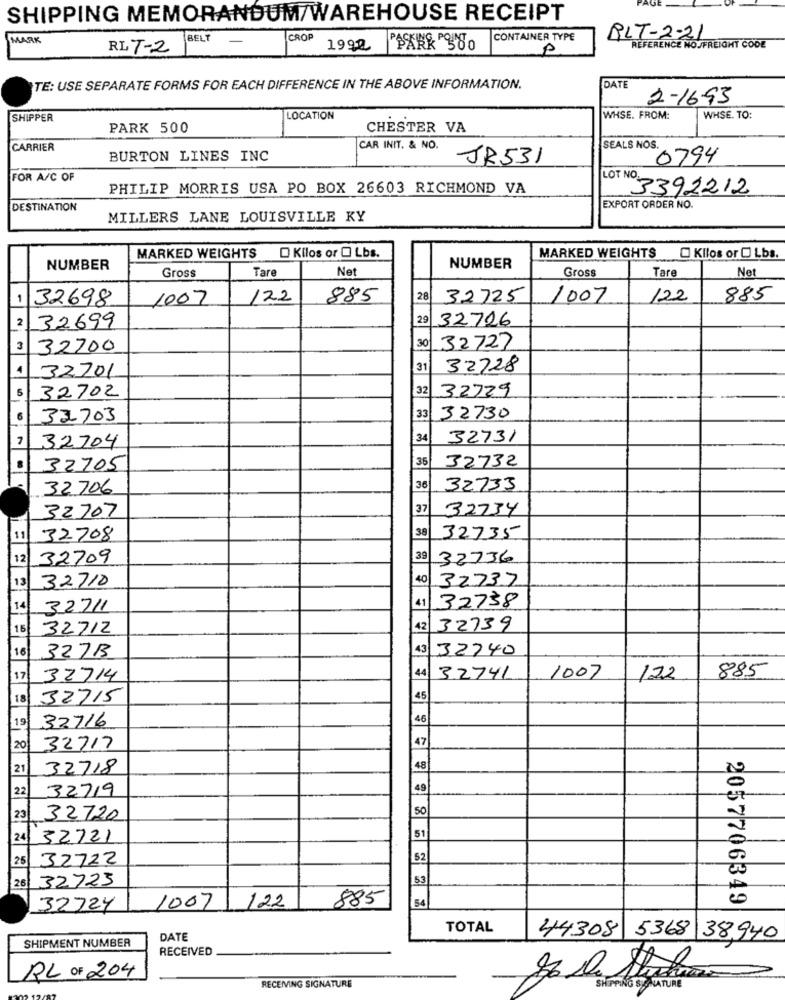
SHIPPING MEMORANDUM/WAREHOUSE RECEIPT
MARK
BELT
CROP
CONTAINER TYPE
PLT-2-21
RL T-2
1992
P
REFERENCE NO./FREIGHT CODE
TE: USE SEPARATE FORMS FOR EACH DIFFERENCE IN THE ABOVE INFORMATION.
DATE
2-1693
SHIPPER
LOCATION
WHSE. FROM:
WHSE. TO:
PARK 500
CHESTER VA
CARRIER
CAR INIT. & NO.
SEALS NOS.
BURTON LINES INC
JR531
0794
FOR A/C OF
PHILIP MORRIS USA PO BOX 26603 RICHMOND VA
LOT NO 3392212
DESTINATION
EXPORT ORDER NO.
MILLERS LANE LOUISVILLE KY
MARKED WEIGHTS D Kilos or [ Lbs.
MARKED WEIGHTS
Kllos or [ Lbs.
NUMBER
Tare
Net
NUMBER
Gross
Tare
Net
Gross
1
32698
1007
122
885
28
32725
1007
122
885
2
29
32726
32699
3
32700
30
32727
4
32701
31
32728
5
32702
32
32729
33703
33 32730
7
34
32731
32704
35
32732
32705
32706
36
32733
32707
37
32734
38
11
32708
32735
12
32709
39
32736
13
32710
40
32737
41 32738
14
32711
15
32712
42
32739
16
43
32740
327B
44
885
17
32714
3.2741
1007
122
18
32715
45
19
32716
46
47
20
32717
21
32718
48
22
32719
49
50
23
32720
24
32721
51
25
32722
52
32723
53
26
122
885
54
2057706349
32724
1007
TOTAL
44308 5368
SHIPMENT NUMBER
DATE
38,940
RECEIVED
RL OF 204
RECEIVING SIGNATURE
SHIPPING STATURE